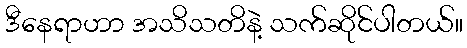
ဒီနေရာဟာ အသိသတိနဲ့ သက်ဆိုင်ပါတယ်။